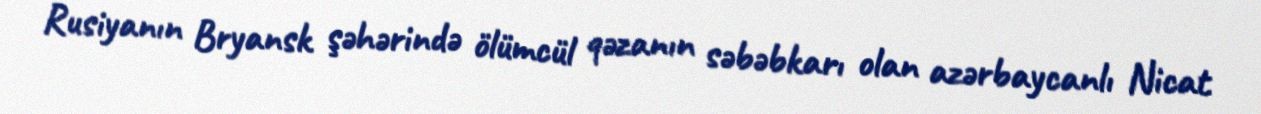
Rusiyanın Bryansk şəhərində ölümcül qəzanın səbəbkarı olan azərbaycanlı Nicat